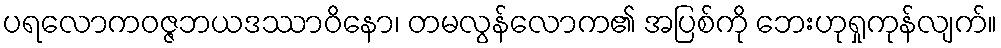
ပရလောကဝဇ္ဇဘယဒဿာဝိနော၊ တမလွန်လောက၏ အပြစ်ကို ဘေးဟုရှုကုန်လျက်။